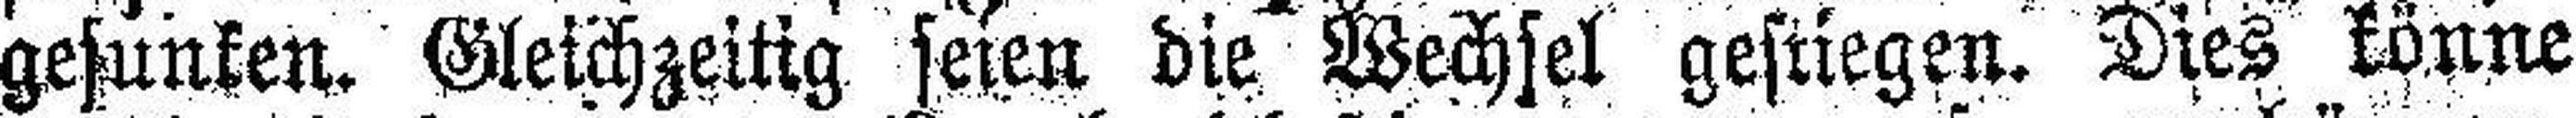
gesunken. Gleichzeitig seien die Wechsel gestiegen. Dies könne